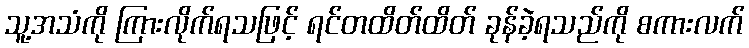
သူ့အသံကို ကြားလိုက်ရသဖြင့် ရင်တထိတ်ထိတ် ခုန်ခဲ့ရသည်ကို စကားလက်